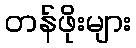
တန်ဖိုးများ